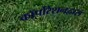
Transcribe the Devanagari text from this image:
कॉर्पोरेशनद्वारा